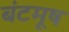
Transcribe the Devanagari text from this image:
बंटमूष